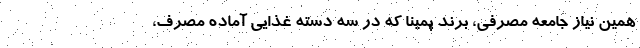
همین نیاز جامعه مصرفی، برند پمینا که در سه دسته غذایی آماده مصرف،